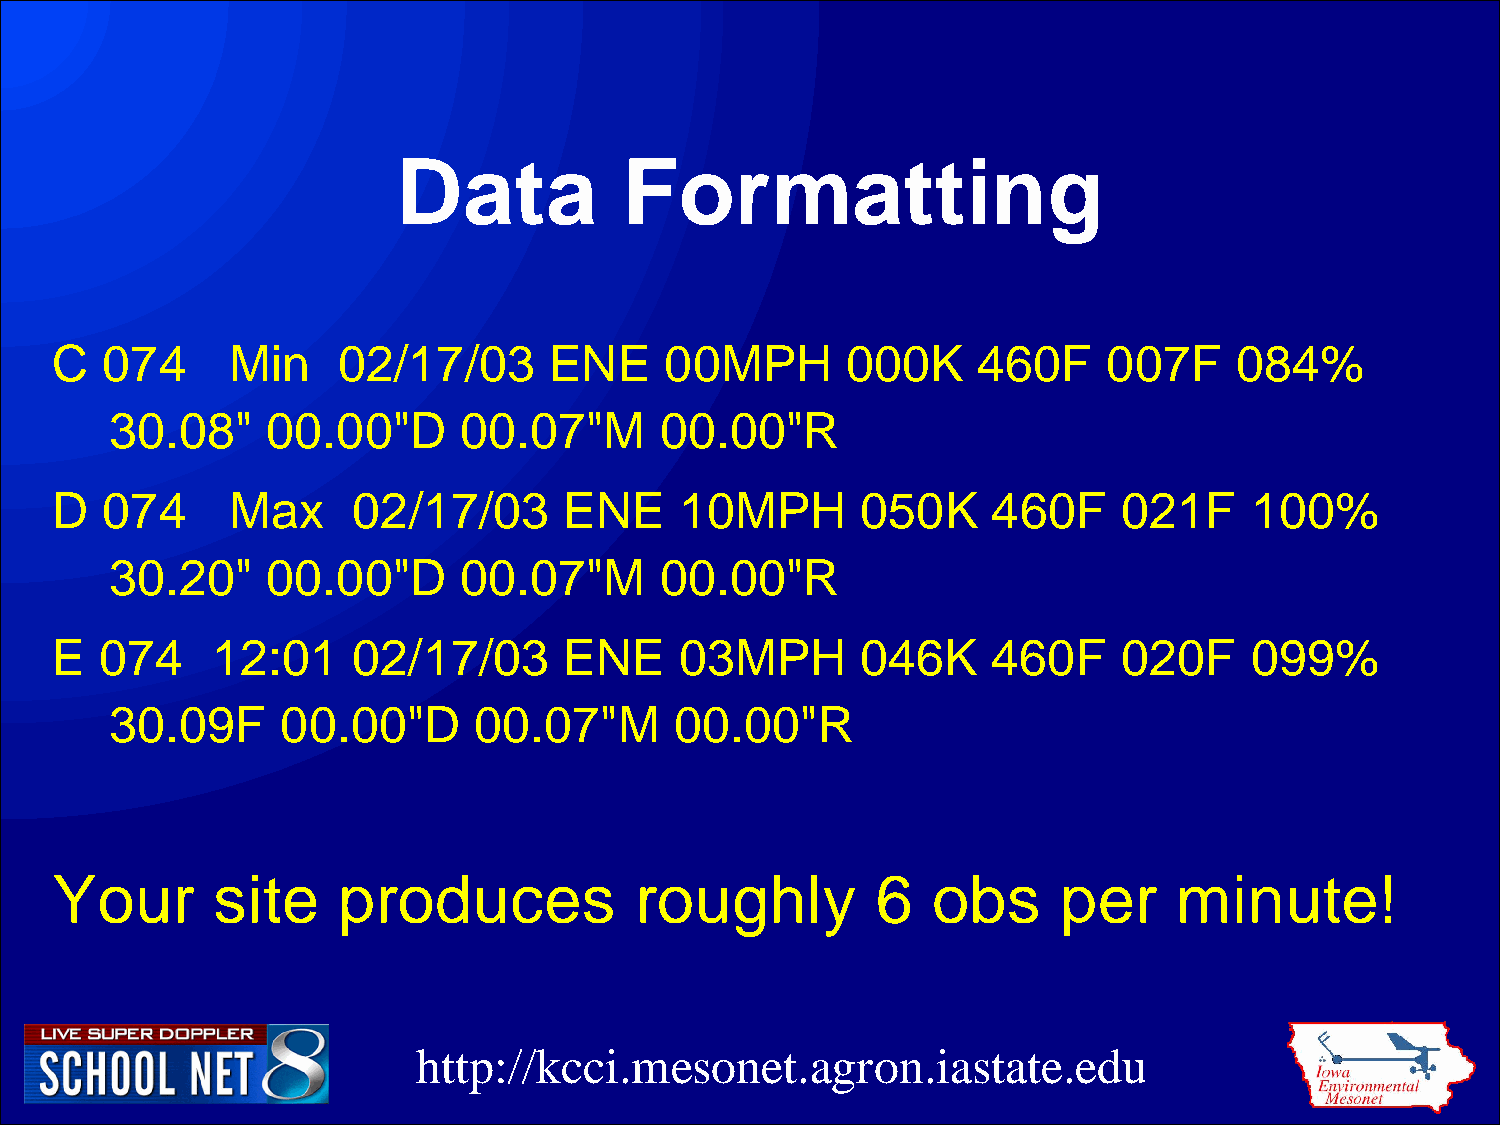
Data           Formatting
 C   074     Min    02/17/03      ENE     00MPH       000K     460F    007F     084%
 30.08"     00.00"D     00.07"M       00.00"R
 D   074     Max     02/17/03      ENE     10MPH       050K     460F    021F     100%
 30.20"     00.00"D     00.07"M       00.00"R
 E   074    12:01    02/17/03      ENE     03MPH       046K     460F    020F     099%
 30.09F      00.00"D     00.07"M       00.00"R
 Your       site    produces            roughly         6   obs     per     minute!
 http://kcci.mesonet.agron.iastate.edu